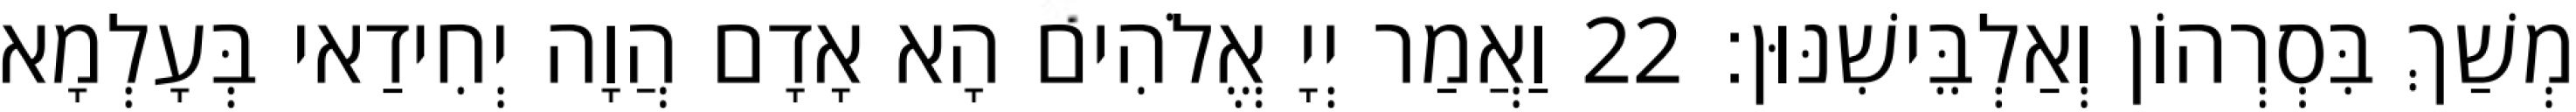
מְשַׁךְ בִּסְרְהוֹן וְאַלְבֵּישִׁנּוּן׃ 22 וַאֲמַר יְיָ אֱלֹהִים הָא אָדָם הֲוָה יְחִידַאי בְּעָלְמָא